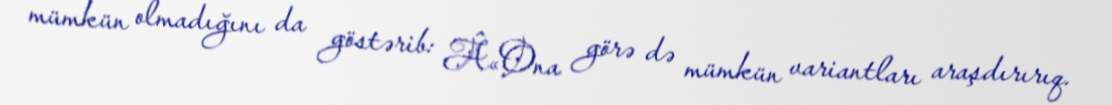
mümkün olmadığını da göstərib: Â«Ona görə də mümkün variantları araşdırırıq.